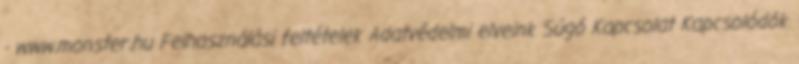
- www.monster.hu Felhasználási feltételek Adatvédelmi elveink Súgó Kapcsolat Kapcsolódók